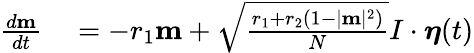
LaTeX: \begin{array}{rl}{\frac{d\mathbf{m}}{dt}}&{{}=-r_{1}\mathbf{m}+\sqrt{\frac{r_{1}+r_{2}\left(1-|\mathbf{m}|^{2}\right)}{N}}I\cdot\boldsymbol{\eta}(t)}\end{array}